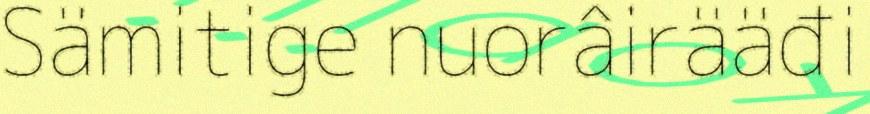
Sämitige nuorâirääđi